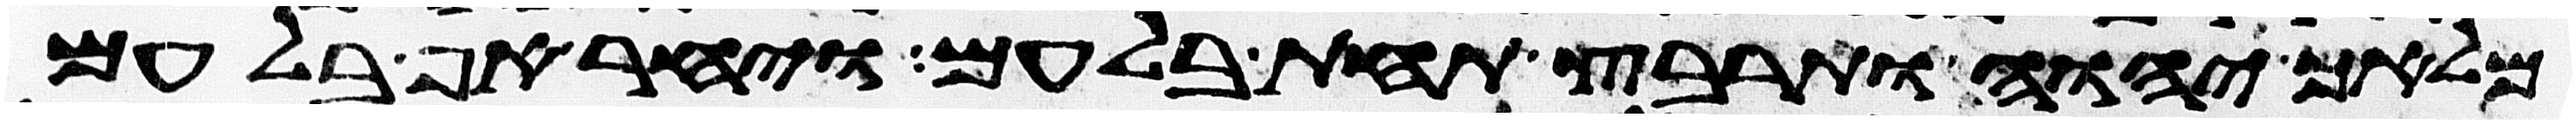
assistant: מלאך יהוה ותרבץ תחת בלעם ויחר אף בלעם